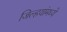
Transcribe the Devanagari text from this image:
जिल्हयांमध्ये